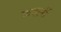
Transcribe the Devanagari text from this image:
कदलीं